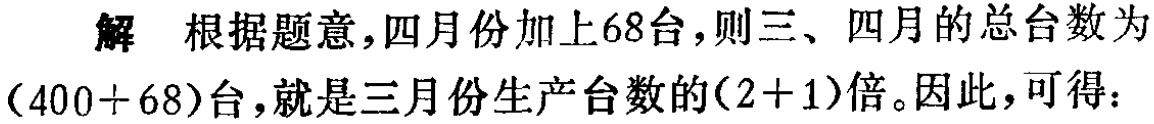
解 根据题意，四月份加上68台，则三、四月的总台数为$(400 + 68)$台，就是三月份生产台数的$(2 + 1)$倍。因此，可得：